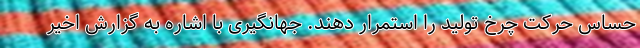
حساس حرکت چرخ تولید را استمرار دهند. جهانگیری با اشاره به گزارش اخیر